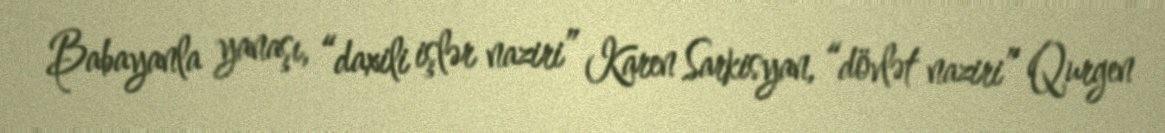
Babayanla yanaşı, “daxili işlər naziri” Karen Sarkisyan, “dövlət naziri” Qurgen